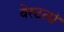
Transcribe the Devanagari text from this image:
वेस्टलॉ